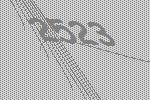
2523